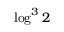
\log ^ { 3 } 2